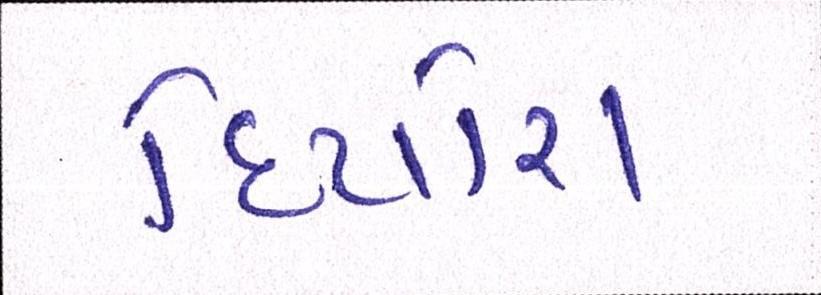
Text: દિયોરા